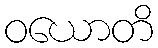
ဝယောတိ